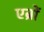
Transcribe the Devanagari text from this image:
एब्रों